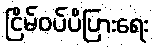
ငြိမ်ဝပ်ပိပြားရေး